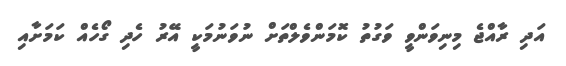
އަދި ރާއްޖެ މިނިވަންވީ ވަގުތު ކޮމަންވެލްތަށް ނުވަނުމަކީ އޭރު ހެދި ގޯހެއް ކަމަށާއި